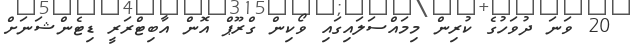
20 ވަނަ ދުވަހުގެ ކުރިން މިމައްސަލައިގައި ވޯކިން ގްރޫޕް އޮން އާބިޓްރަރީ ޑިޓެންޝަނަށް